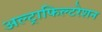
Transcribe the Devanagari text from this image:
अल्ट्राफिल्टरेशन